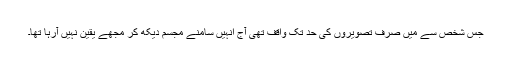
جس شخص سے میں صرف تصویروں کی حد تک واقف تھی آج انہیں سامنے مجسم دیکھ کر مجھے یقین نہیں آرہا تھا۔